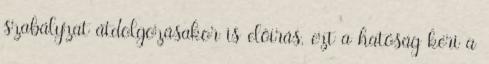
szabályzat átdolgozásakor is előírás, ezt a hatóság kéri a